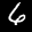
Label: 6